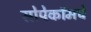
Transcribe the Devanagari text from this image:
सोपेकॉमचे